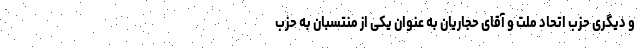
و دیگری حزب اتحاد ملت و آقای حجاریان به عنوان یکی از منتسبان به حزب